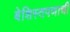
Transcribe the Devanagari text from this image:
बेशिस्तपणाची